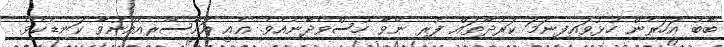
ބާބު އަހަރެން ހުޅުވައިފިނަމަ ކަރުދާތައް ފުރި ނޭވާ ހުސްވެދާނެއެވެ. އެއީ އައްސޭރިއެއްނުވާ ކަނޑެކެވެ.